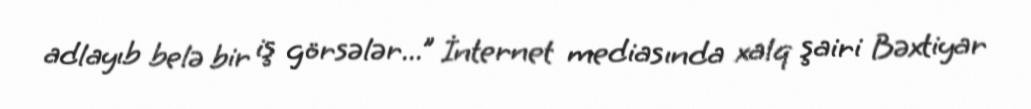
adlayıb belə bir iş görsələr...” İnternet mediasında xalq şairi Bəxtiyar